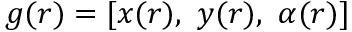
g ( \boldsymbol { r } ) = [ x ( \boldsymbol { r } ) , \ y ( \boldsymbol { r } ) , \ \alpha ( \boldsymbol { r } ) ]